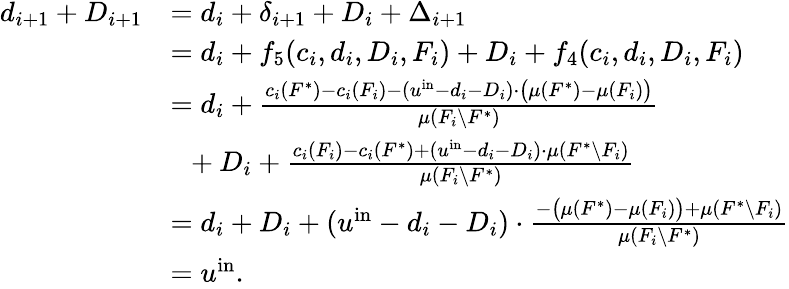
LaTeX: \begin{array}{rl}{d_{i+1}+D_{i+1}}&{=d_{i}+\delta_{i+1}+D_{i}+\Delta_{i+1}}\\ {}&{=d_{i}+f_{5}(c_{i},d_{i},D_{i},F_{i})+D_{i}+f_{4}(c_{i},d_{i},D_{i},F_{i})}\\ {}&{=d_{i}+\frac{c_{i}(F^{*})-c_{i}(F_{i})-(u^{\mathrm{in}}-d_{i}-D_{i})\cdot\big(\mu(F^{*})-\mu(F_{i})\big)}{\mu(F_{i}\setminus F^{*})}}\\ {}&{~~+D_{i}+\frac{c_{i}(F_{i})-c_{i}(F^{*})+(u^{\mathrm{in}}-d_{i}-D_{i})\cdot\mu(F^{*}\setminus F_{i})}{\mu(F_{i}\setminus F^{*})}}\\ {}&{=d_{i}+D_{i}+(u^{\mathrm{in}}-d_{i}-D_{i})\cdot\frac{-\big(\mu(F^{*})-\mu(F_{i})\big)+\mu(F^{*}\setminus F_{i})}{\mu(F_{i}\setminus F^{*})}}\\ {}&{=u^{\mathrm{in}}.}\end{array}